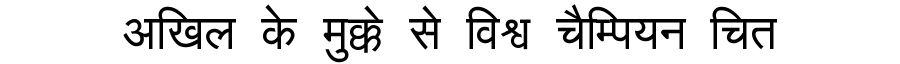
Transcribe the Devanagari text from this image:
अखिल के मुक्के से विश्व चैम्पियन चित